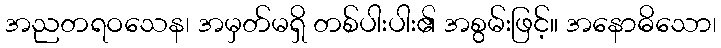
အညတရဝသေန၊ အမှတ်မရှိ တစ်ပါးပါး၏ အစွမ်းဖြင့်။ အနောဓိသော၊